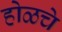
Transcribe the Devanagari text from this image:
होळचे